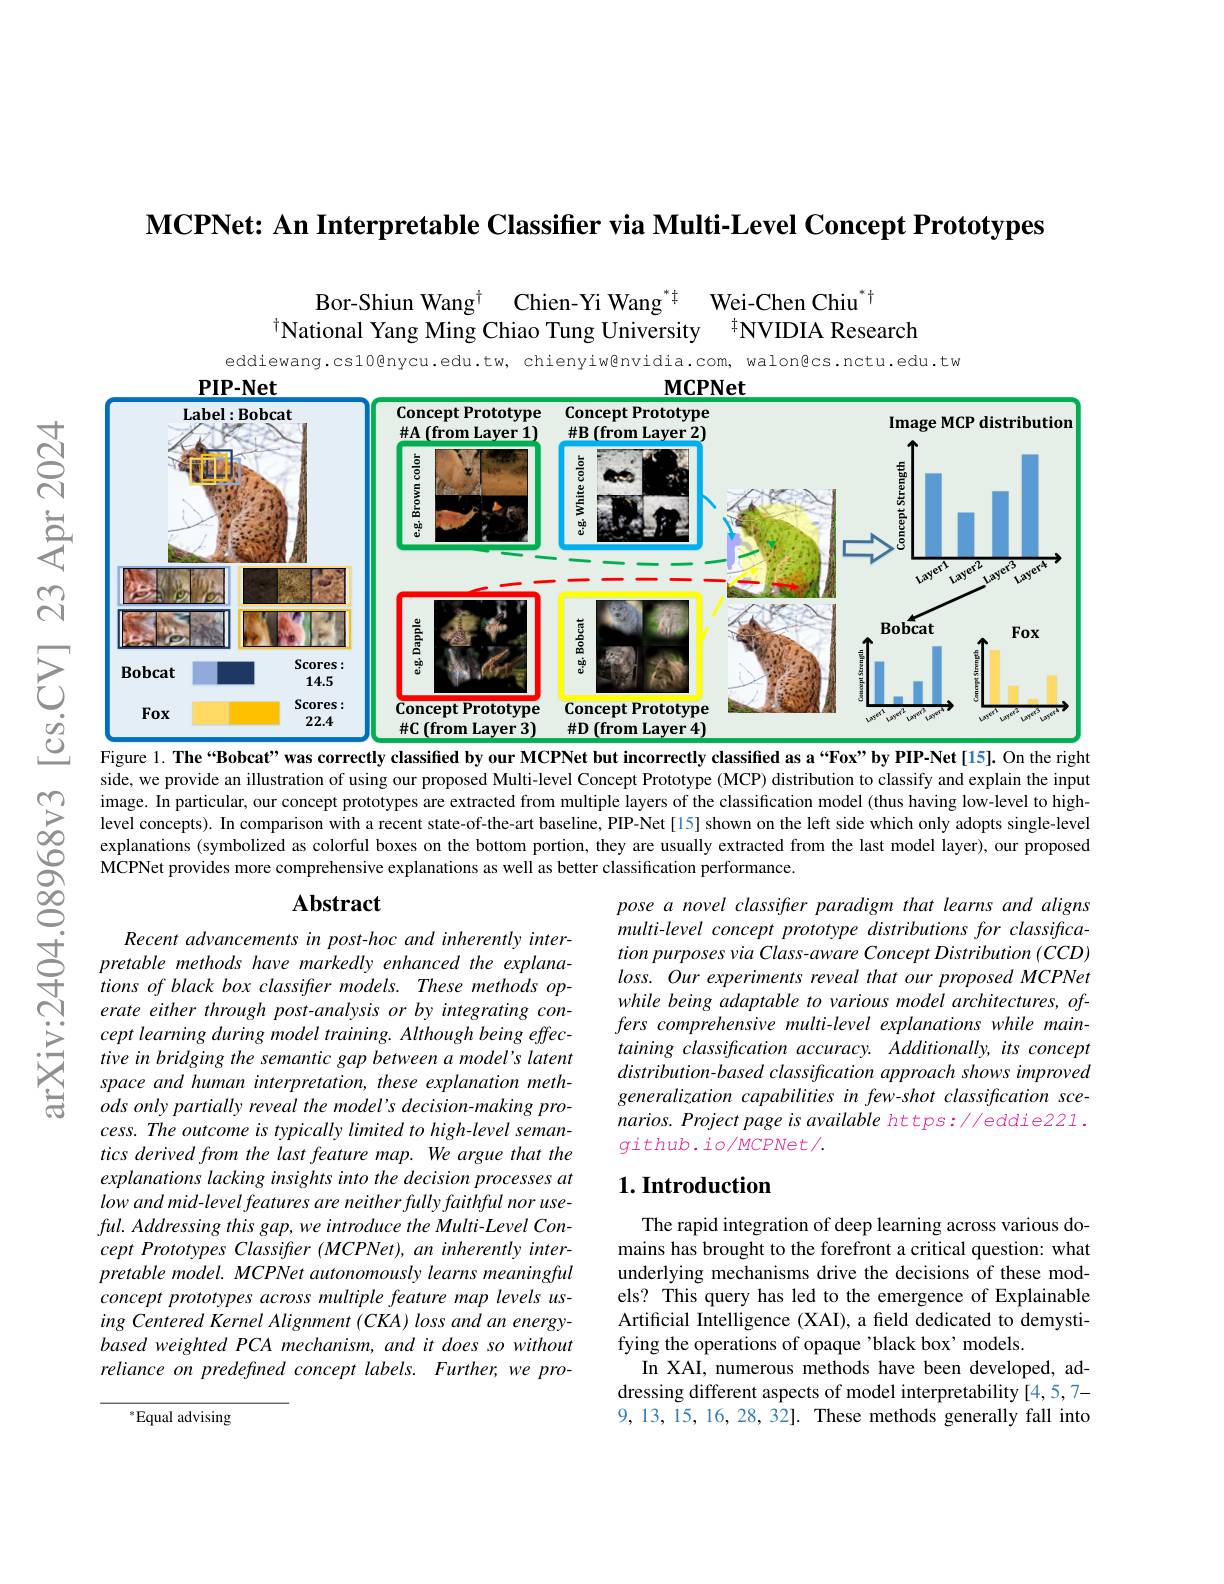
$\textbf{MCPNet: An Interpretable Classifier via Multi- Level Concept Prototypes}$

Bor-Shiun Wang$^{\dagger}$ Chien-Yi Wang$^{*\dagger}$ Wei-Chen Chiu$^{*\dagger}$

National Yang Ming Chiao Tung University

tNVIDIA Research

$हूँ$

<FigureHere>
Figure 1. The“Bobcat”was correctly classified by our MCPNet but incorrectly classified as a“Fox" by PIP-Net[15]. On the right

$ଲ୍ୟ$

$উত্তু$
side, we provide an illustration of using our proposed Multi-level Concept Prototype (MCP) distribution to classify and explain the input image. In particular, our concept prototypes are extracted from multiple layers of the classification model (thus having low-level to highlevel concepts). In comparison with a recent state-of-the-art baseline, PIP-Net[15] shown on the left side which only adopts single-level explanations (symbolized as colorful boxes on the bottom portion, they are usually extracted from the last model layer), our proposed
08968v3
MCPNet provides more comprehensive explanations as well as better classification performance.

## $\mathbf{Abstract}$

pose a novel classifrer paradigm that learns and aligns multi-level concept prototype distributions for classification purposes via Class- aware Concept Distribution (CCD) loss. Our experiments reveal that our proposed MCPNet while being adaptable to various model architectures, offers comprehensive multi-level explanations while maintaining classification accuracy. Additionally, its concept distribution-based classification approach shows improved generalization capabilities in few-shot classification scenarios. Project page is available https://eddie221. github.io/MCPNet/.

$\begin{array}{ccc}&\text{Recent advancements in post-hoc and inherently inter-1}\\\leq&\text{pretable methods have markedly enhanced the explana-}\\+&tions~of~black~box~classiffer~models.~These~methods~op-}\end{array}$
erate either through post-analysis or by integrating concept learning during model training. Although being effective in bridging the semantic gap between a model's latent space and human interpretation, these explanation methods only partially reveal the model's decision-making process. The outcome is typically limited to high-level semantics derived from the last feature map. We argue that the explanations lacking insights into the decision processes at low and mid-level features are neither fully faithful nor useful. Addressing this gap, we introduce the Multi- Level Concept Prototypes Classifter (MCPNet),aninherently interpretable model. MCPNet autonomously learns meaningful concept prototypes across multiple feature map levels using Centered Kernel Alignment (CKA) loss and an energybased weighted PCA mechanism, and it does so without reliance on predefined concept labels. Further, we pro-

### $1. \textbf{Introduction}$

The rapid integration of deep learning across various domains has brought to the forefront a critical question: what underlying mechanisms drive the decisions of these models? This query has led to the emergence of Explainable Artificial Intelligence (XAI), a feld dedicated to demystifying the operations of opaque 'black box' models.
In XAI, numerous methods have been developed, addressing different aspects of model interpretability [4,5,7- 9,13,15,16,28,32]. These methods generally fall into

${^*}{\mathrm{Equal~advising}}$